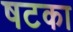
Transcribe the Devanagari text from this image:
षटका